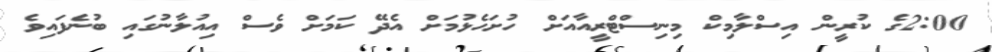
2:00ގެ ކުރީން އިސްލާމިކް މިނިސްޓްރީއާއަށް ހުށަހެޅުމަށް އެދޭ ކަމަށް ވެސް އިއުލާނުގައި ބުނެފައިވެ